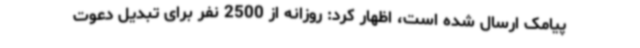
پیامک ارسال شده است، اظهار کرد: روزانه از 2500 نفر برای تبدیل دعوت